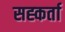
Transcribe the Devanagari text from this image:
सह्कर्ता